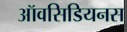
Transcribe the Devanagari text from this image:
ऑवसिडियनस